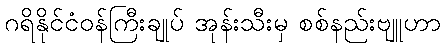
ဂရိနိုင်ငံဝန်ကြီးချုပ် အုန်းသီးမှ စစ်နည်းဗျူဟာ